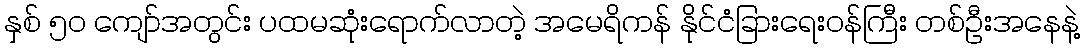
နှစ် ၅၀ ကျော်အတွင်း ပထမဆုံးရောက်လာတဲ့ အမေရိကန် နိုင်ငံခြားရေးဝန်ကြီး တစ်ဦးအနေနဲ့